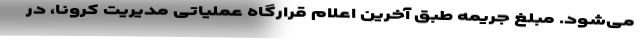
می‌شود. مبلغ جریمه طبق آخرین اعلام قرارگاه عملیاتی مدیریت کرونا، در